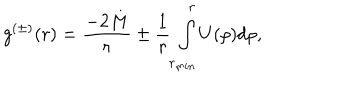
g ^ { ( \pm ) } ( r ) = { \frac { - 2 M } { r } } \pm { \frac { 1 } { r } } \int _ { r _ { m i n } } ^ { r } U ( \rho ) d \rho ,